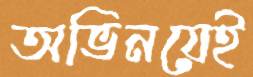
অভিনয়েই